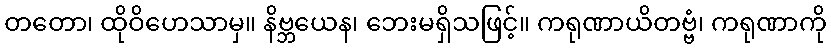
တတော၊ ထိုဝိဟေသာမှ။ နိဗ္ဘယေန၊ ဘေးမရှိသဖြင့်။ ကရုဏာယိတဗ္ဗံ၊ ကရုဏာကို